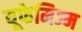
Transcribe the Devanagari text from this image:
यूफेमिज्म